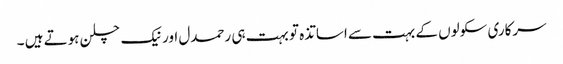
سرکاری سکولوں کے بہت سے اساتذہ تو بہت ہی رحمدل اور نیک چلن ہوتے ہیں ۔